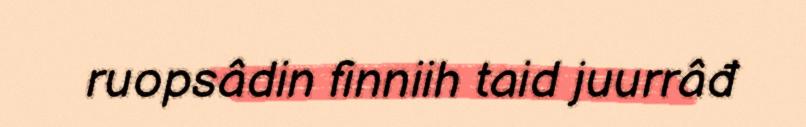
ruopsâdin finniih taid juurrâđ